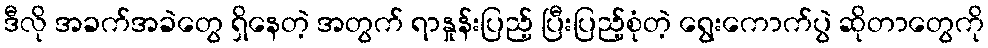
ဒီလို အခက်အခဲတွေ ရှိနေတဲ့ အတွက် ရာနှုန်းပြည့် ပြီးပြည့်စုံတဲ့ ရွေးကောက်ပွဲ ဆိုတာတွေကို